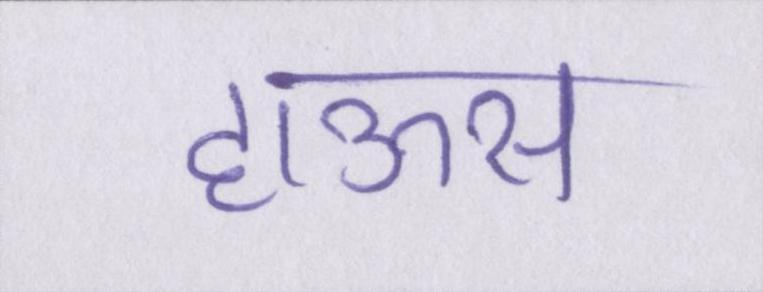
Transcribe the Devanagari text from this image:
हाऊस